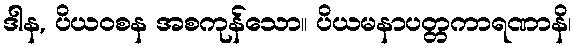
ဒါန, ပိယဝစန အစကုန်သော။ ပိယမနာပတ္တကာရဏာနိ၊